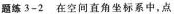
题练3-2在空间直角坐标系中，点